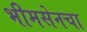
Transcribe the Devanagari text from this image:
भीमसेनचा